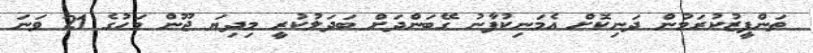
ތަންފީޒުކުރަމުން ދަނިކޮށް އެމަނިކުފާނު ގޭބަންދަށް ބަދަލުކުރީ މިދިޔަ ޖޫން މަހުގެ 21 ވަނަ